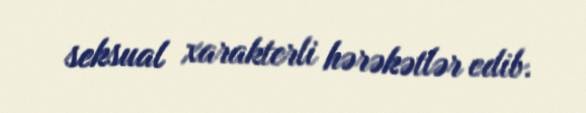
seksual xarakterli hərəkətlər edib.